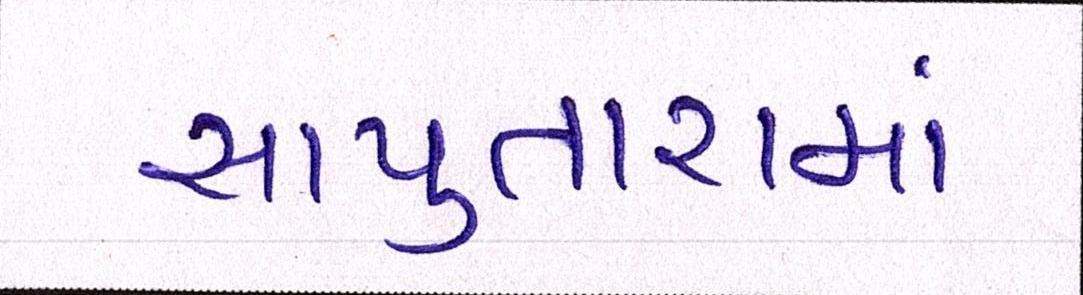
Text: સાપુતારામાં